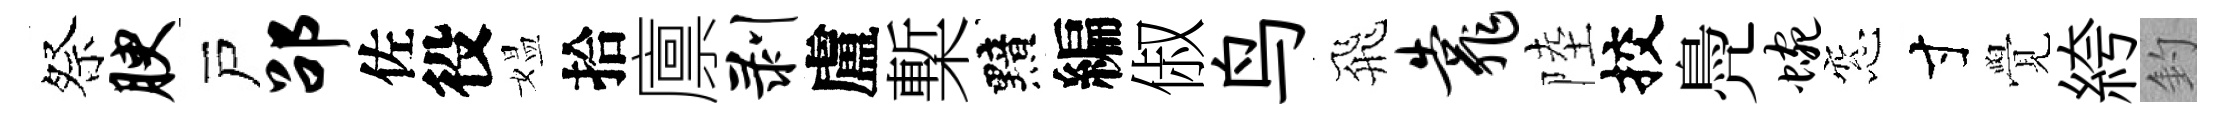
祭腴戸劭佐役媪拾廪剥盧槧黯編俶鸟飛靠陸挍鳧蜿窓寸覺絝釣